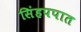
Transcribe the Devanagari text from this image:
सिंहपपात